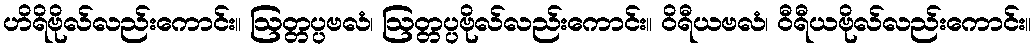
ဟိရိဗိုလ်လည်းကောင်း။ ဩတ္တပ္ပဗလံ၊ ဩတ္တပ္ပဗိုလ်လည်းကောင်း။ ဝိရီယဗလံ၊ ဝီရီယဗိုလ်လည်းကောင်း။